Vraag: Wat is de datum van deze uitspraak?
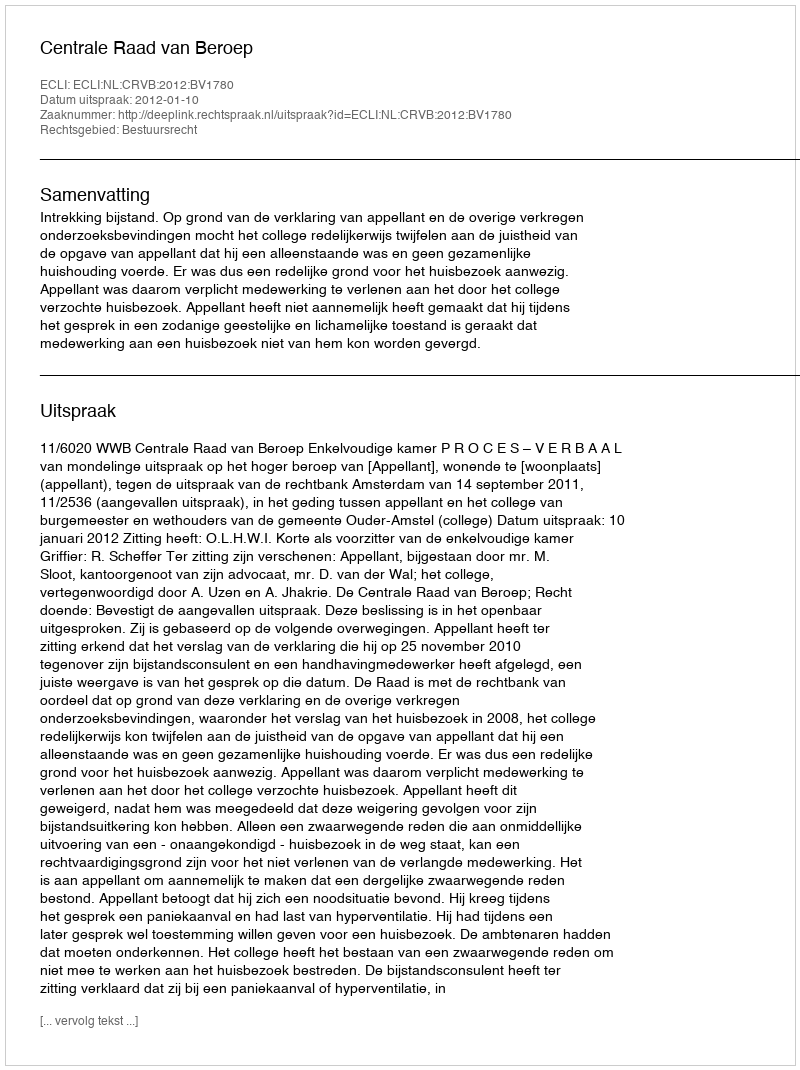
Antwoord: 2012-01-10